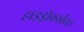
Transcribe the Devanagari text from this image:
हाइड्रोकार्बन।